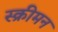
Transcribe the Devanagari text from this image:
स्क्रीमन